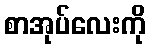
စာအုပ်လေးကို